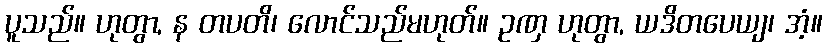
ပူသည်။ ဟုတွာ, န တပတိ၊ လောင်သည်မဟုတ်။ ဥဏှ ဟုတွာ, ယဒိတပေယျ၊ အံ့။